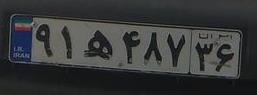
۹۱ه۴۸۷۳۶